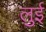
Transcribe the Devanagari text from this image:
लुुई